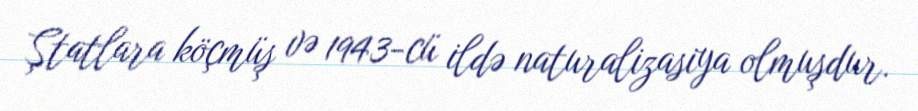
Ştatlara köçmüş və 1943-cü ildə naturalizasiya olmuşdur.